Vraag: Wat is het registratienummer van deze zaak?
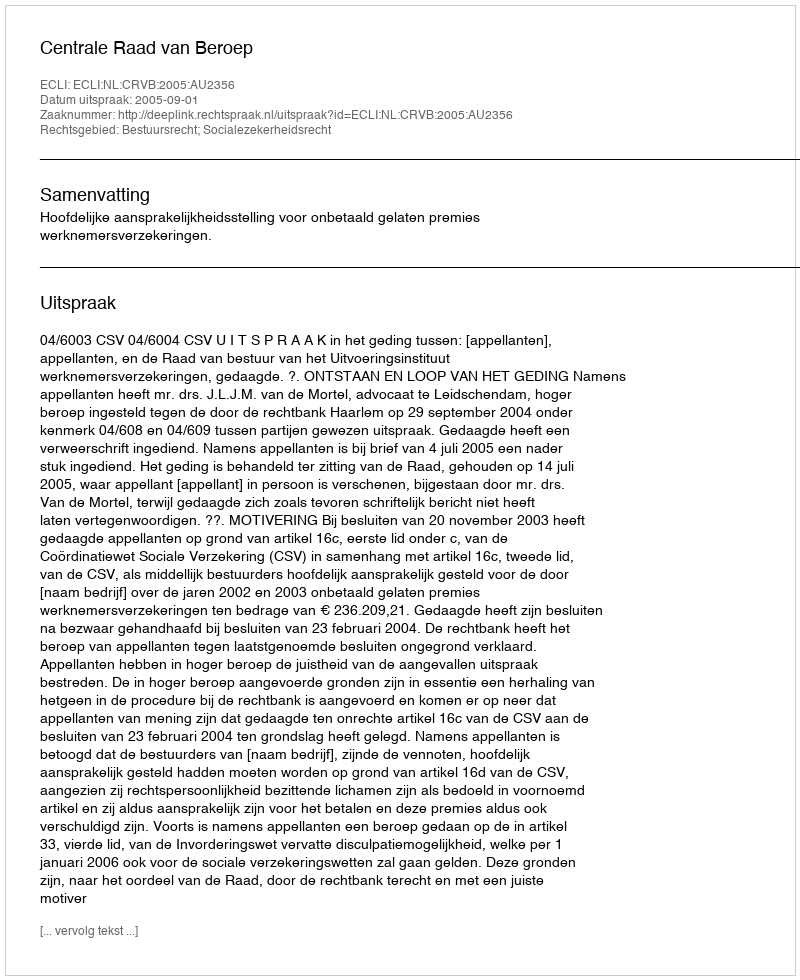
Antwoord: http://deeplink.rechtspraak.nl/uitspraak?id=ECLI:NL:CRVB:2005:AU2356